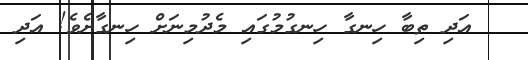
އަދި ތިބާ ހިނގާ ހިނގުމުގައި މެދުމިނަށް ހިނގާށެވެ! އަދި